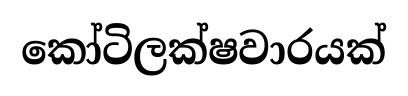
කෝටිලක්ෂවාරයක්